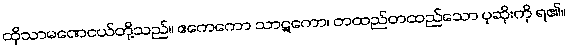
ထိုသာမဏေငယ်တို့သည်။ ဧကေကော သာဋကော၊ တထည်တထည်သော ပုဆိုးကို ရ၏။